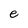
Character: e